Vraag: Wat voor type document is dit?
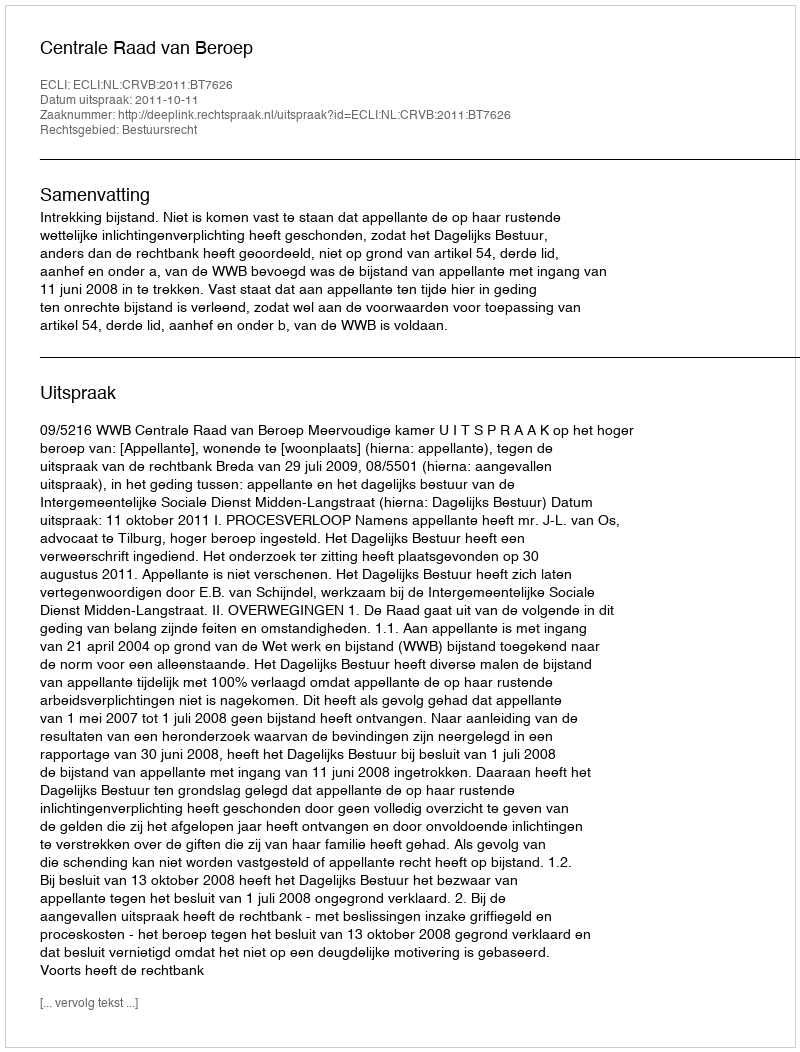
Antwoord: Uitspraak